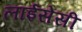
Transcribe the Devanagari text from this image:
लाईसेंसी